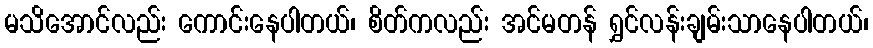
မသိအောင်လည်း ကောင်းနေပါတယ်၊ စိတ်ကလည်း အင်မတန် ရွှင်လန်းချမ်းသာနေပါတယ်၊